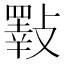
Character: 𣀇